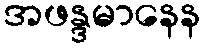
အဖန္ဒမာနေန